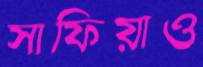
সাফিয়াও